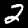
Digit: 2